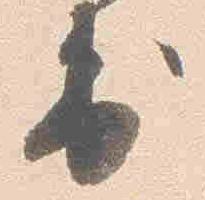
出